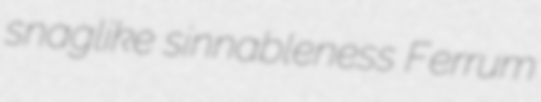
snaglike sinnableness Ferrum